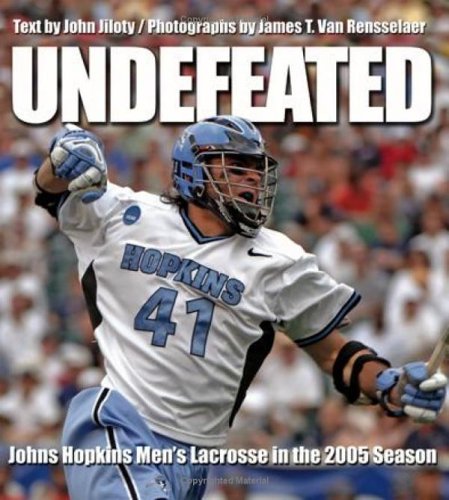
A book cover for Undefeated: Johns Hopkins Men's Lacrosse in the 2005 Season; John Jiloty; Sports & Outdoors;